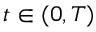
t \in ( 0 , T )